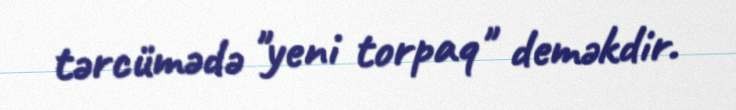
tərcümədə "yeni torpaq" deməkdir.